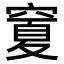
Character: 𥧜